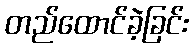
တည်ထောင်ခဲ့ခြင်း